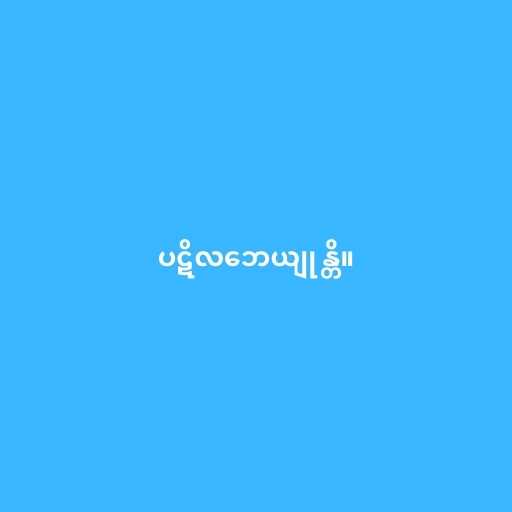
ပဋိလဘေယျုန္တိ။